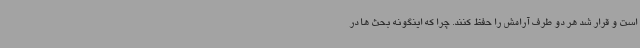
است و قرار شد هر دو طرف آرامش را حفظ کنند. چرا که اینگونه بحث ها در